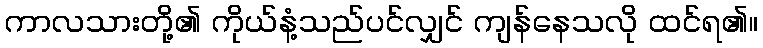
ကာလသားတို့၏ ကိုယ်နံ့သည်ပင်လျှင် ကျန်နေသလို ထင်ရ၏။